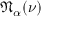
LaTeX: { \mathfrak { N } } _ { \alpha } ( \nu )